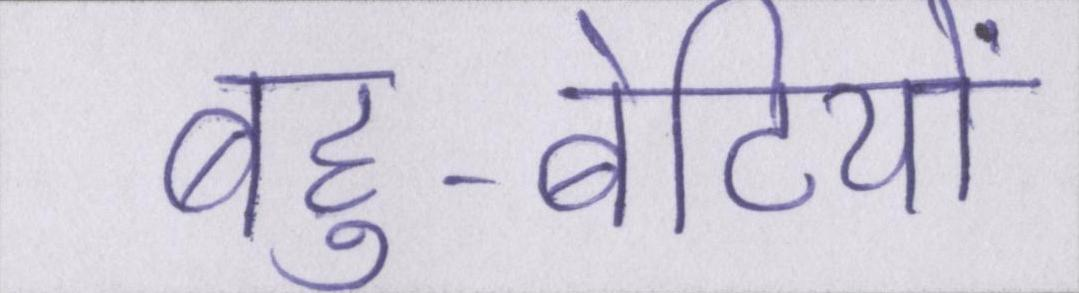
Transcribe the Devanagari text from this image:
बहु-बेटियों